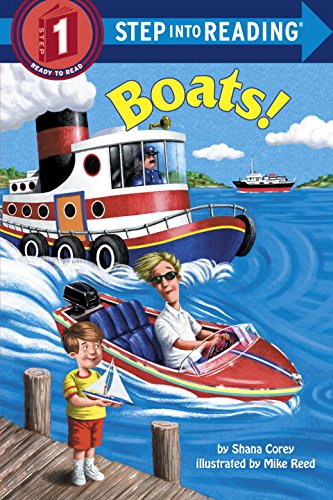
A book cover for Boats (Step-Into-Reading, Step 1); Shana Corey; Children's Books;